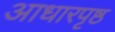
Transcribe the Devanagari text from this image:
आधारपृष्ठ